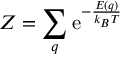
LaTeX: Z = \sum _ { q } \mathrm { e } ^ { - { \frac { E ( q ) } { k _ { B } T } } }